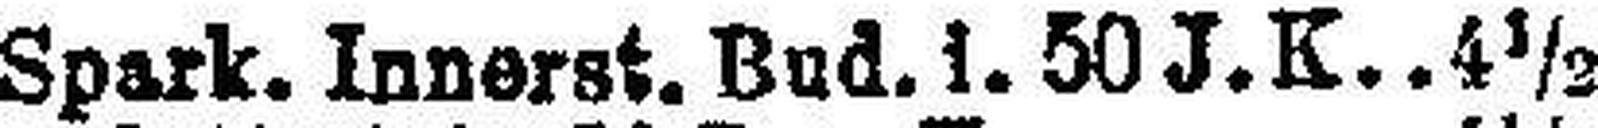
Spark. Innerst. Bud. i. 50 J. K. 4½